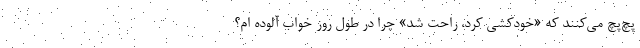
پچ‌پچ می‌کنند که «خودکشی کرد، راحت شد» چرا در طول روز خواب آلوده ام؟